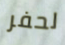
لحفر